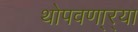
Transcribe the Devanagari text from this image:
थोपवणा्र्‍या